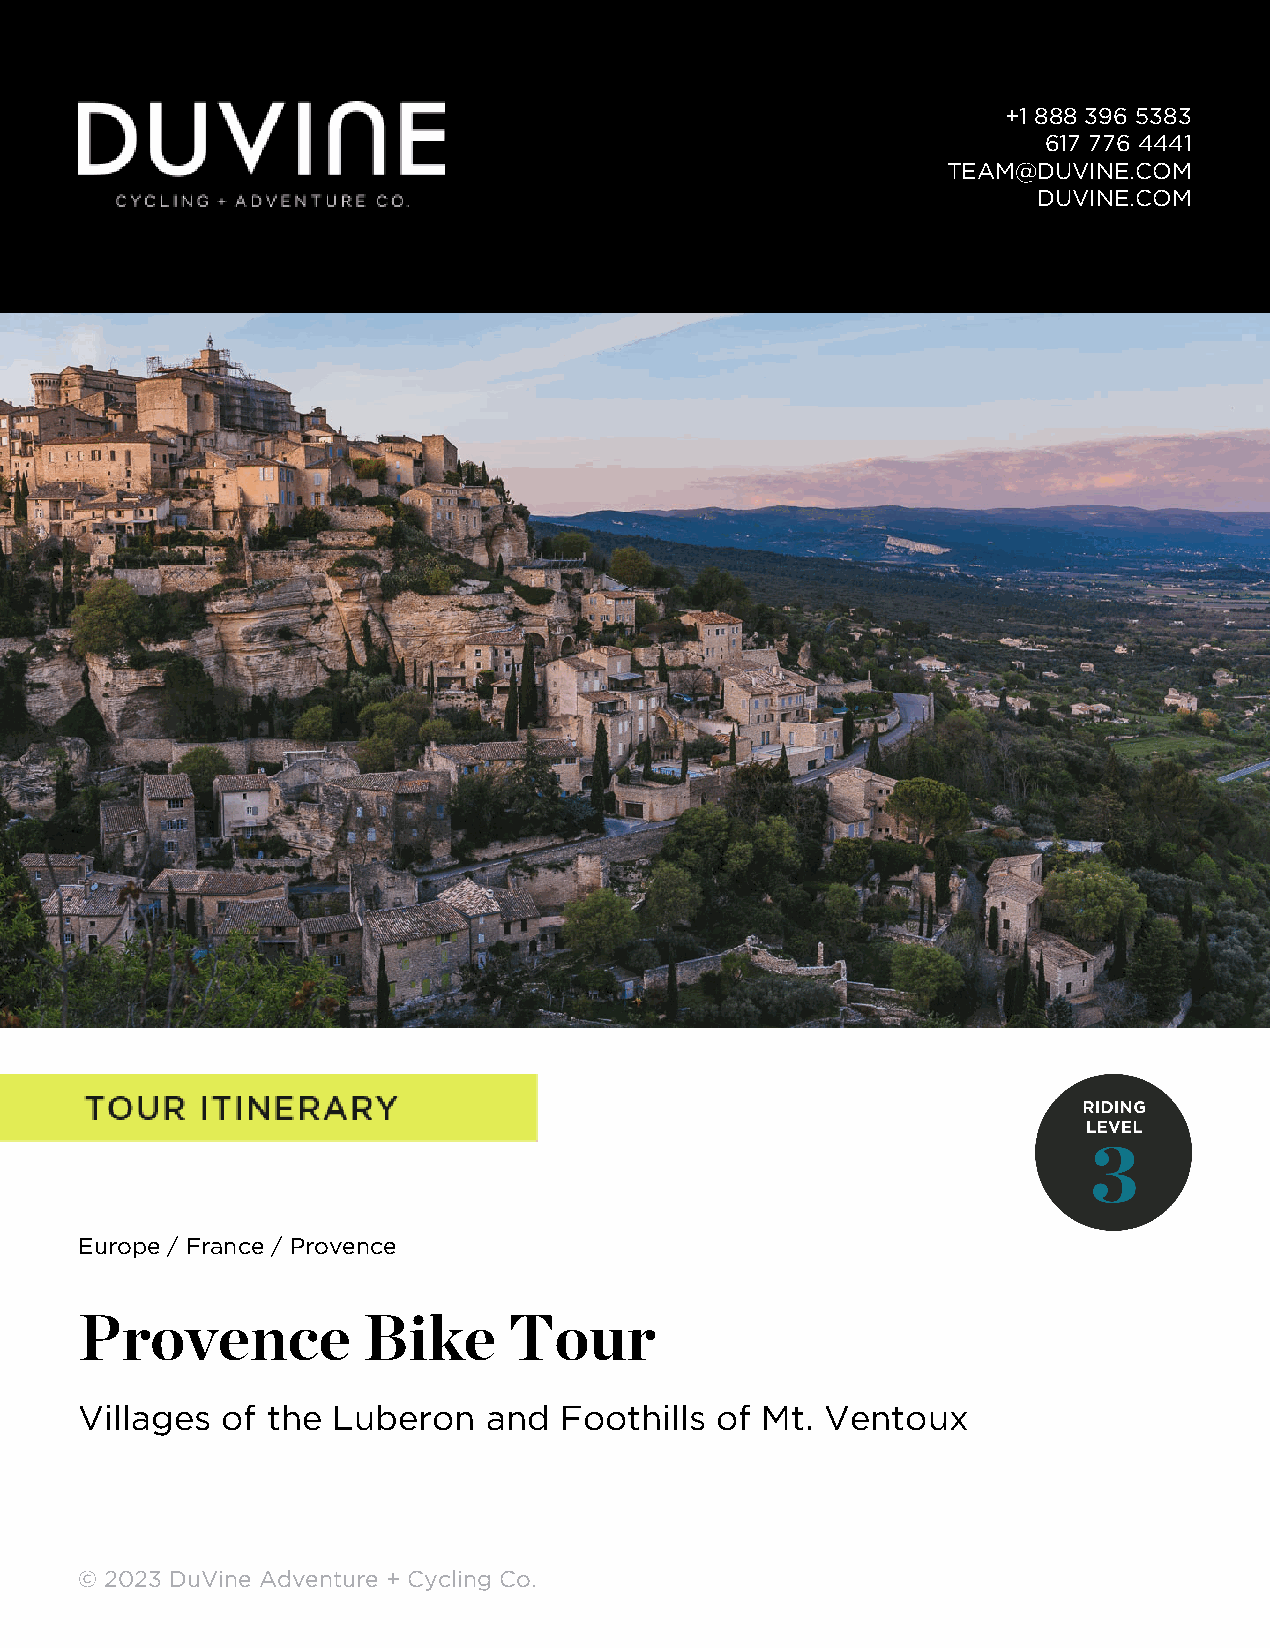
+1 888 396 5383
 617 776 4441
 TEAM@DUVINE.COM
 DUVINE.COM
 Europe / France / Provence
 Provence           Bike      Tour
 Villages  of the Luberon   and  Foothills of Mt.  Ventoux
 © 2023 DuVine Adventure + Cycling Co.